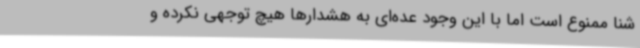
شنا ممنوع است اما با این وجود عده‌ای به هشدارها هیچ توجهی نکرده و